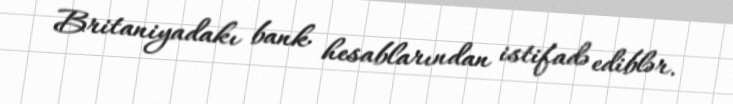
Britaniyadakı bank hesablarından istifadə ediblər.